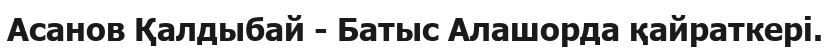
Асанов Қалдыбай - Батыс Алашорда қайраткері.